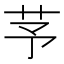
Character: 芧